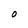
Character: O